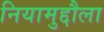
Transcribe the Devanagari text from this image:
नियामुद्दौला